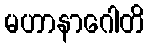
မဟာနာဂေါတိ